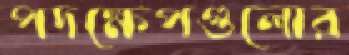
পদক্ষেপগুলোর